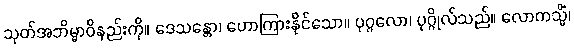
သုတ်အဘိမ္မာဝိနည်းကို။ ဒေသန္တော၊ ဟောကြားနိုင်သော။ ပုဂ္ဂလော၊ ပုဂ္ဂိုလ်သည်။ လောကသ္မိံ၊